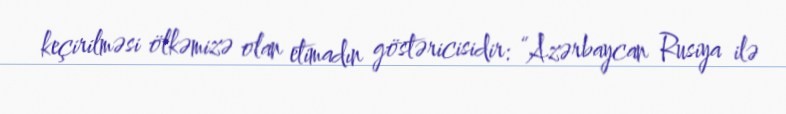
keçirilməsi ölkəmizə olan etimadın göstəricisidir: “Azərbaycan Rusiya ilə